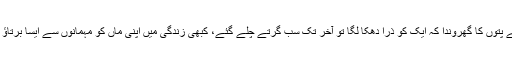
گھر ہے یا تاش کے پتوں کا گھروندا کہ ایک کو ذرا دھکا لگا تو آخر تک سب گرتے چلے گئے، کبھی زندگی میں اپنی ماں کو مہمانوں سے ایسا برتاؤ کرتے دیکھا ہے ؟